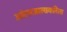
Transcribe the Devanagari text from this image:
आंतरजालाकरिता